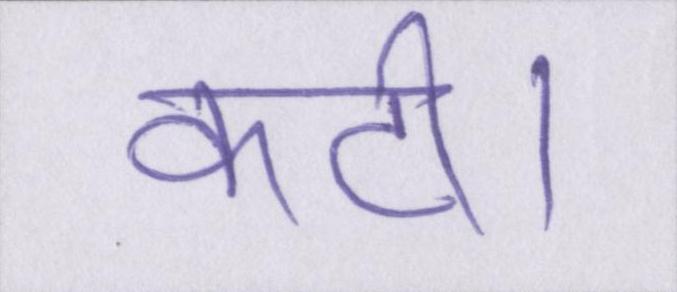
कटी।